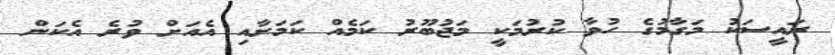
ރައީސަކު މަގާމުގެ ހުވާ ކުރުމަކީ މަޖުބޫރު ކަމެއް ކަމަށާއި އެއަށް ވުރެ އެކަން